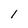
Character: l